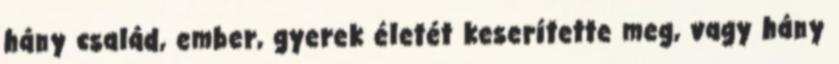
hány család, ember, gyerek életét keserítette meg, vagy hány